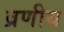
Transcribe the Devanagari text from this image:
व्रणीय